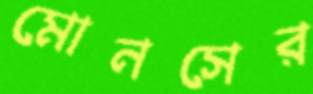
মোনসের